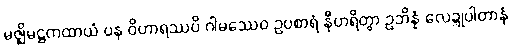
မဇ္ဈိမဋ္ဌကထာယံ ပန ဝိဟာရဿပိ ဂါမဿေဝ ဥပစာရံ နီဟရိတွာ ဥဘိန္နံ လေဍ္ဍုပါတာနံ